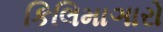
કિલિમાઞારો